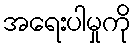
အရေးပါမှုကို